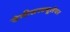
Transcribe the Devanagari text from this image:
सेमीसरक्यूलेयर